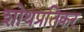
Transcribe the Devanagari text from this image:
शोथप्रतिकर